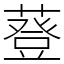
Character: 䔲